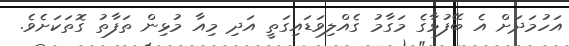
އަހުމަދަށް އެ ބޭފުޅާގެ މަގާމު ގެއްލިވަޑައިގަތީ އަދި މިއާ މުޅިން ތަފާތު ގޮތަކަށެވެ.